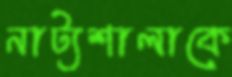
নাট্যশালাকে